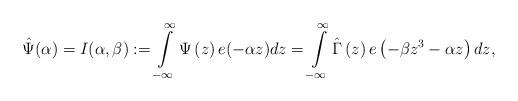
LaTeX: \begin{align*} \hat\Psi(\alpha)=I(\alpha,\beta):=\int\limits_{-\infty}^{\infty} \Psi\left(z\right) e(-\alpha z)dz = \int\limits_{-\infty}^{\infty} \hat\Gamma\left(z\right) e\left(-\beta z^3-\alpha z \right)dz,\end{align*}